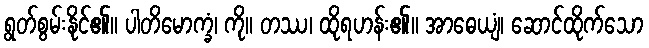
ရွတ်စွမ်းနိုင်၏။ ပါတိမောက္ခံ၊ ကို။ တဿ၊ ထိုရဟန်း၏။ အာဓေယျံ၊ ဆောင်ထိုက်သော